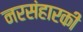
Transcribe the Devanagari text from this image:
नरसंहारकी